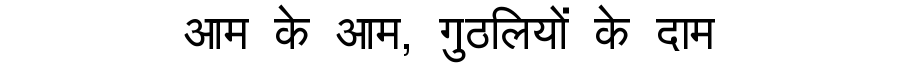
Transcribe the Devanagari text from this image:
आम के आम, गुठलियों के दाम